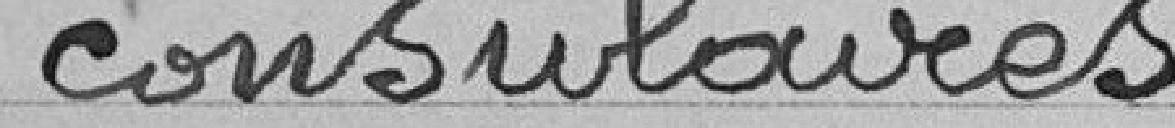
consulaires